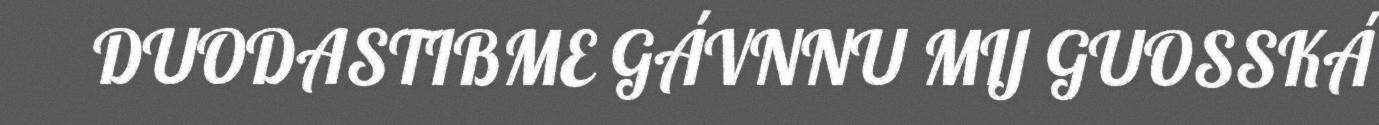
DUODASTIBME GÁVNNU MIJ GUOSSKÁ